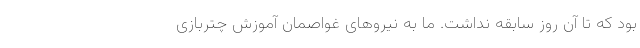
بود که تا آن روز سابقه نداشت. ما به نیروهای غواصمان آموزش چتربازی